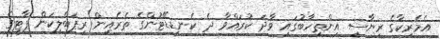
އެމެރިކާގެ ރިޔާސީ އިންތިހާބުގައި ވާދަ ކުރައްވާ ދެ ކެނޑިޑޭޓުންގެ ތެރެއިން ރިޕަބްލިކަން ޕާޓީގެ